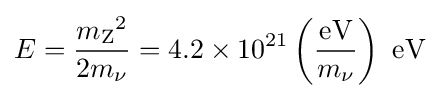
E={\frac {{m_{\text{Z}}}^{2}}{2m_{\nu }}}=4.2\times 10^{21}\left({\frac {\text{eV}}{m_{\nu }}}\right)~{\text{eV}}